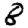
Digit: 8